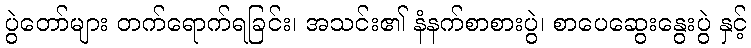
ပွဲတော်များ တက်ရောက်ရခြင်း၊ အသင်း၏ နံနက်စာစားပွဲ၊ စာပေဆွေးနွေးပွဲ နှင့်